Sketch of the medical history of the native army of Bombay, for the year
Year: 1875
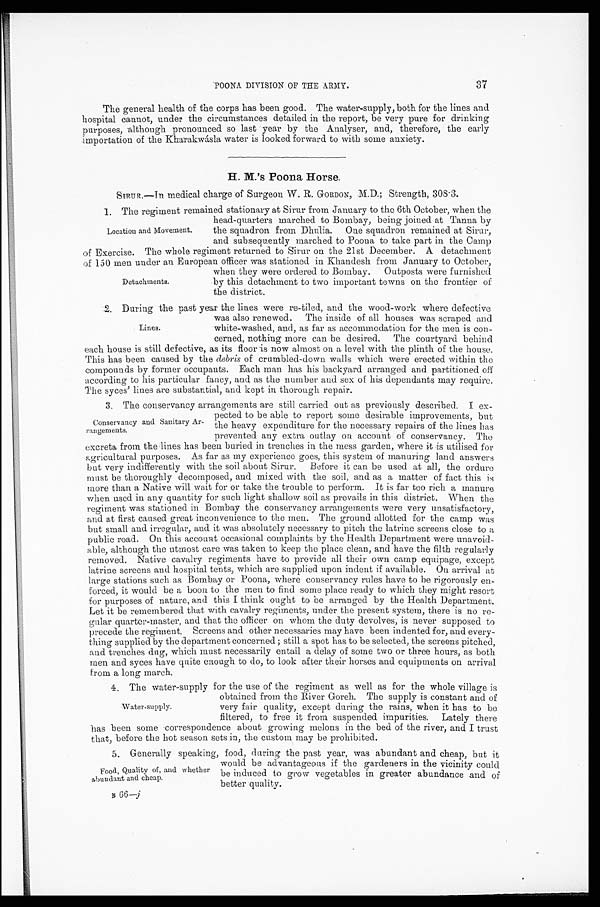
POONA DIVISION OF THE ARMY.
The general health of the corps has been good. The water-supply, both for the lines and
hospital cannot, under the circumstances detailed in the report, be very pure for drinking
purposes, although pronounced so last year by the Analyser, and, therefore, the early
importation of the Kharakwásla water is looked forward to with some anxiety.
H. M.'s Poona Horse.
SIRUR.—In medical charge of Surgeon W. R. GORDON, M.D.; Strength, 308.3.
1 . T h e r e g i m e n t r e m a i n e d s t a t i o n a r y a t S i r u r f r o m J a n u a r y t o t h e 6 t h O c t o b e r , w h e n t h e
head-quarters marched to Bombay, being joined at Tanna by
the squadron from Dhulia. One squadron remained at Sirur,
and subsequently marched to Poona to take part in the Camp
of Exercise. The whole regiment returned to Sirur on the 21st December. A detachmen
t
of 150 men under an European officer was stationed in Khandesh from January to October,
when they wore ordered to Bombay. Outposts were furnished
by this detachment to two important towns on the frontier of
the district.
2. During the past year the lines were re-tiled, and the wood-work where defective
was also renewed. The inside of all houses was scraped and
white-washed, and, as far as accommodation for the men is con
-
cerned, nothing more can be desired. The courtyard behind
each house is still defective, as its floor is now almost on a level with the plinth of the house.
This has been caused by the debris of crumbled-down walls which were erected within the
compounds by former occupants. Each man has his backyard arranged and partitioned off
according to his particular fancy, and as the number and sex of his dependants may require.
The syces' lines are substantial, and kept in thorough repair.
2. The conservancy arrangements are still carried out as previously described. I ex
-
pected to be able to report some desirable improvements, but
the heavy expenditure for the necessary repairs of the lines has
prevented any extra outlay on account of conservancy. The
excreta from the lines has been buried in trenches in the mess garden, where it is utilised for
agricultural purposes. As far as my experience goes, this system of manuring land answers
but very indifferently with the soil about Sirur. Before it can be used at all, the ordure
must be thoroughly decomposed, and mixed with the soil, and as a matter of fact this is
more than a Native will wait for or take the trouble to perform. It is far too rich a manure
when used in any quantity for such light shallow soil as prevails in this district. When the
regiment was stationed in Bombay the conservancy arrangements were very unsatisfactory,
and at first caused great inconvenience to the men. The ground allotted for the camp was
but small and irregular, and it was absolutely necessary to pitch the latrine screens close to a
public road. On this account occasional complaints by the Health Department were unavoid
-
able, although the utmost care was taken to keep the place clean, and have the filth regularly
removed. Native cavalry regiments have to provide all their own camp equipage, except
latrine screens and hospital tents, which are supplied upon indent if available. On arrival at
large stations such as Bombay or Poona, where conservancy rules have to he rigorously en
-
forced, it would be a boon to the men to find some place ready to which they might resort
for purposes of nature, and this I think ought to be arranged by the Health Department.
Let it be remembered that with cavalry regiments, under the present system, there is no re-
gular quarter-master, and that the officer on whom the duty devolves, is never supposed to
precede the regiment. Screens and other necessaries may have been indented for, and every-
thing supplied by the department concerned ; still a spot has to be selected, the screens pitched,
and trenches dug, which must necessarily entail a delay of some two or three hours, as both.
men and syces have quite enough to do, to look after their horses and equipments on arrival
from a long march.
3 . T h e w a t e r - s u p p l y f o r t h e u s e o f t h e r e g i m e n t a s w e l l a s f o r t h e w h o l e v i l l a g e i s
obtained from the River Goreh. The supply is constant and of
very fair quality, except during the rains, when it has to be
filtered, to free it from suspended impurities. Lately there
has been some correspondence about growing melons in the bed of the river, and I trust
that, before the hot season sets in, the custom may be prohibited.
3. Generally speaking, food, during the past year, was abundant and cheap, but it
would be advantageous if the gardeners in the vicinity could
be induced to grow vegetables in greater abundance and of
better quality.
B
6 6 —
j
Location and Movement.
Detachments.
Lines.
Conservancy and Sanitary Ar
- rangements.
water-supply.
Food, Quality of, and whether
abundant and cheap.